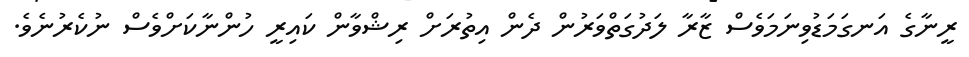
ރީނާގެ އަނގަމަޑުވިނަމަވެސް ޒާރާ ލަދުގަތްވަރުން ދެން އިތުރަށް ރިޝްވާން ކައިރީ ހުންނާކަށްވެސް ނުކެރުނެވެ.